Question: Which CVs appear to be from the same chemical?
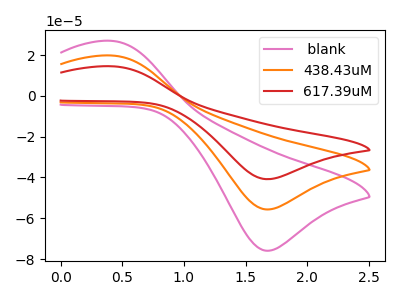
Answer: <think>The pink curve " blank" has an anodic peak at (0.40V, 26.90uA) and a cathodic peak at (1.65V, -75.95uA). The orange curve "438.43uM" has an anodic peak at (0.40V, 19.75uA) and a cathodic peak at (1.65V, -55.70uA). The red curve "617.39uM" has an anodic peak at (0.40V, 39.45uA) and a cathodic peak at (1.65V, -111.40uA).
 All the peaks in " blank" have a peak in "438.43uM" at the same potential. Every peak in " blank" is higher than every peak in "438.43uM". All the peaks in " blank" have a peak in "617.39uM" at the same potential. Every peak in " blank" is lower than every peak in "617.39uM". All the peaks in "438.43uM" have a peak in "617.39uM" at the same potential. Every peak in "438.43uM" is lower than every peak in "617.39uM".</think>
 <answer>" blank", "438.43uM" and "617.39uM" have the same shape and are likely CV's of the same chemical.</answer>
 <eval>" blank" "438.43uM" "617.39uM"</eval>